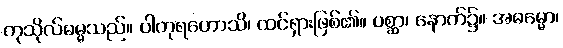
ကုသိုလ်ဓမ္မသည်။ ပါတုရဟောသိ၊ ထင်ရှားဖြစ်၏။ ပစ္ဆာ၊ နောက်၌။ အဓမ္မော၊